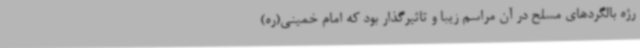
رژه بالگردهای مسلح در آن مراسم زیبا و تاثیرگذار بود که امام خمینی(ره)